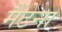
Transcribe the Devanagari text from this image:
मैंटेना